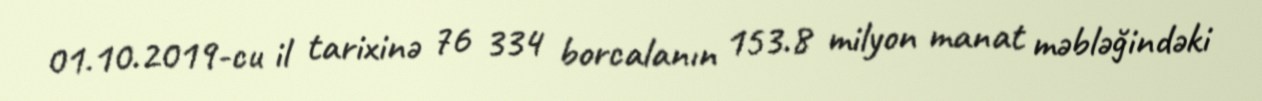
01.10.2019-cu il tarixinə 76 334 borcalanın 153.8 milyon manat məbləğindəki